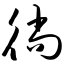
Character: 徜